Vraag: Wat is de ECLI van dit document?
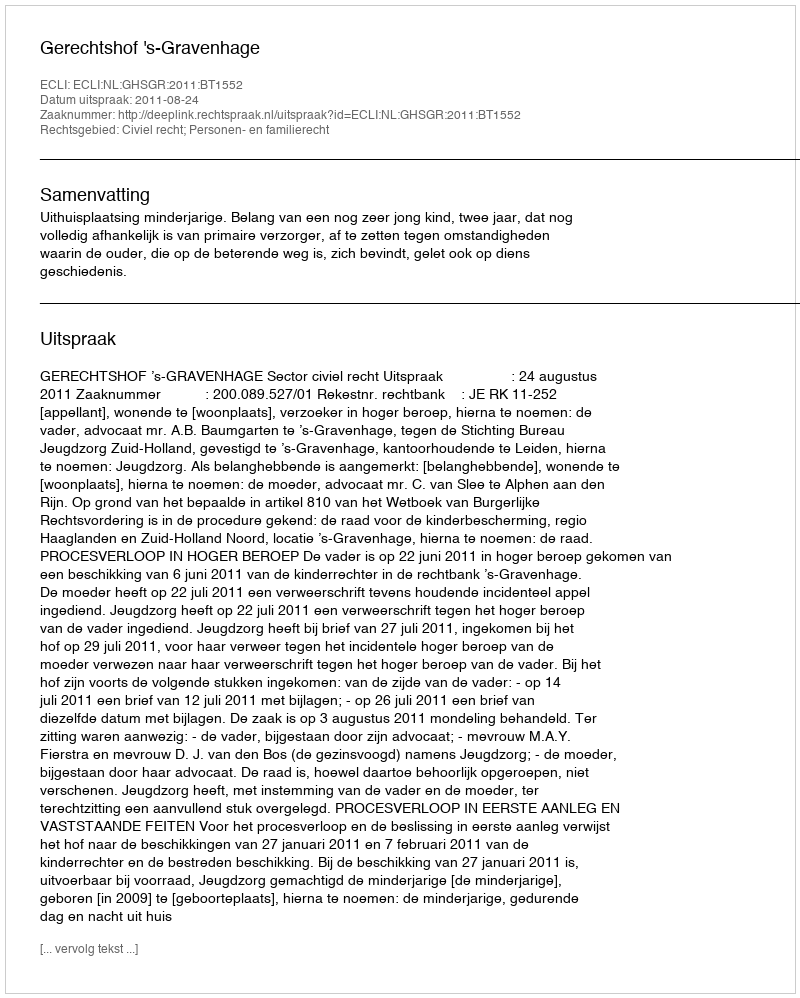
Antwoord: ECLI:NL:GHSGR:2011:BT1552